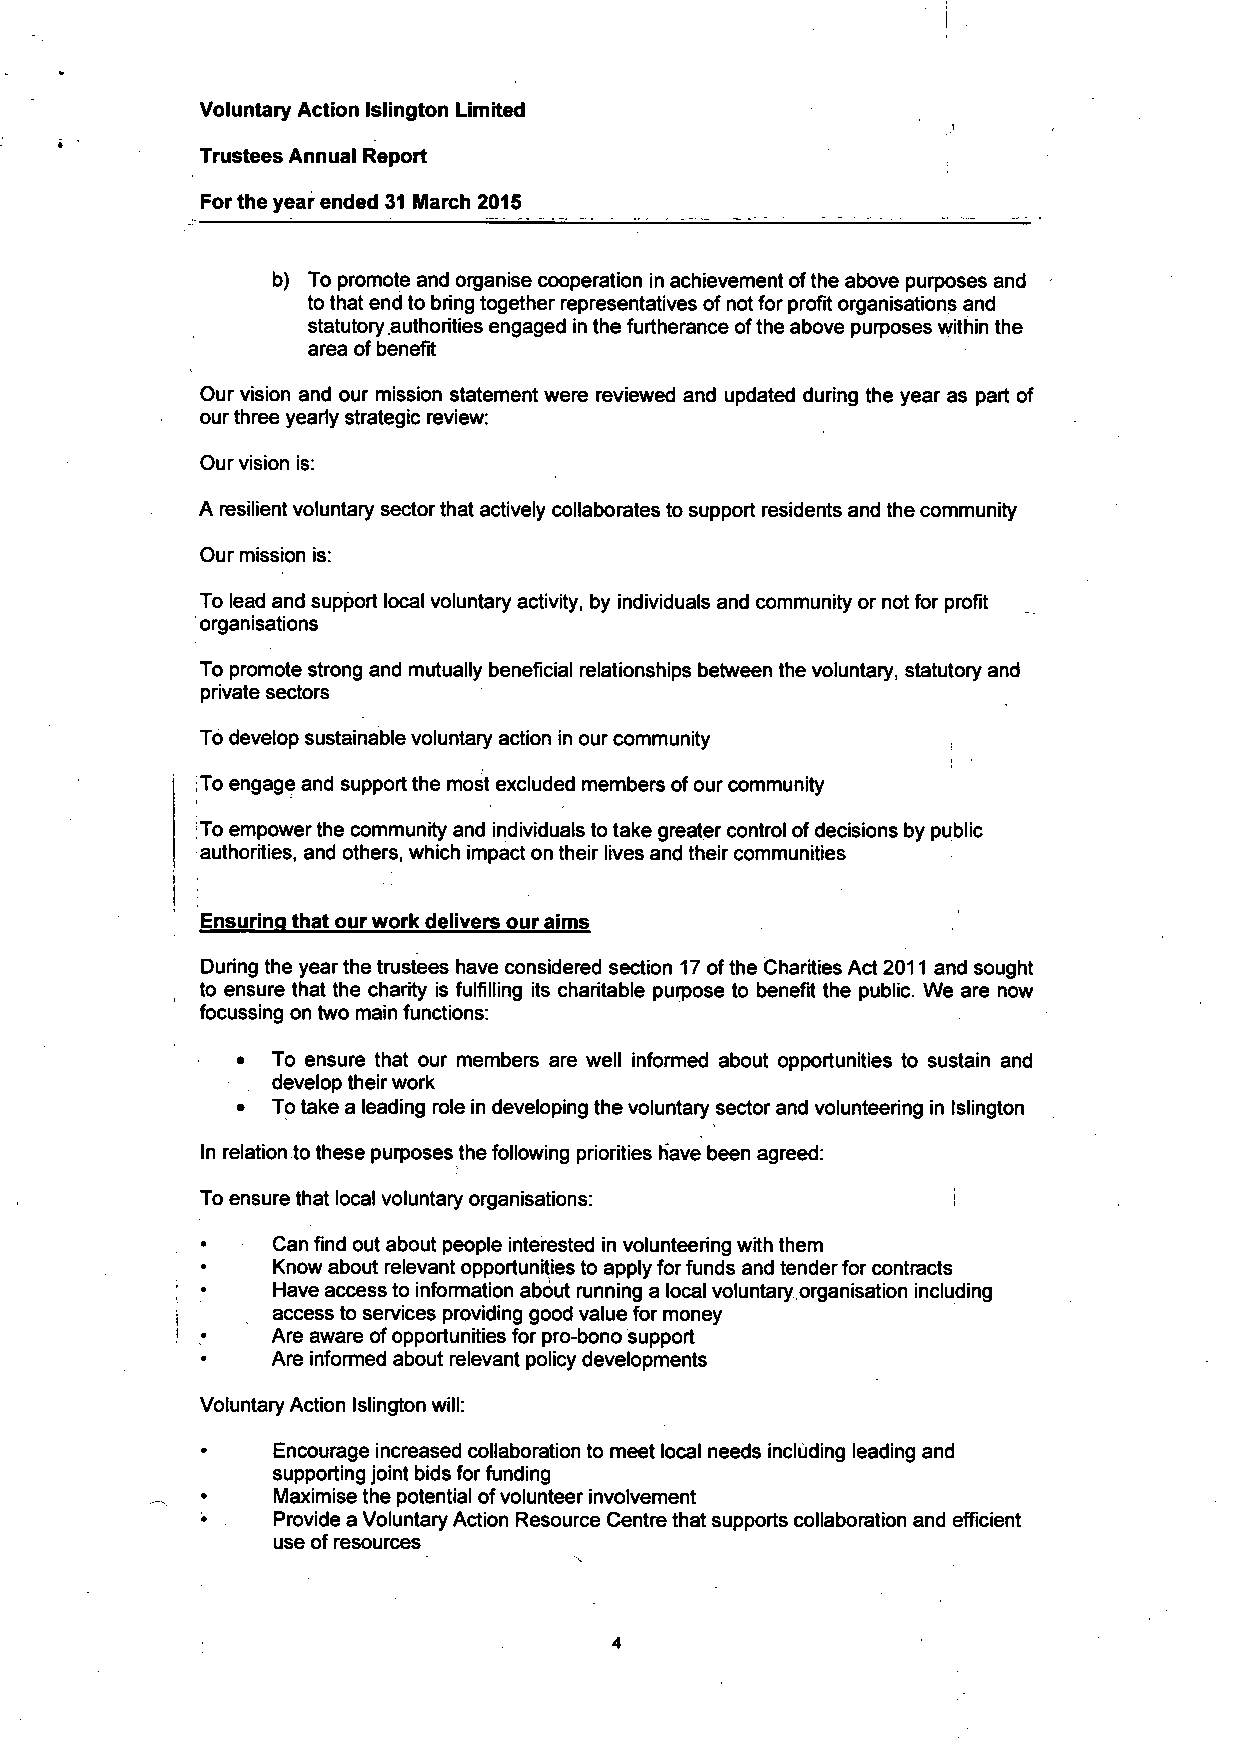
i
 Voluntary Action Islington Limited
 Trustees Annual Report
 For the year ended 31 March 2015
 b) To promote and organise cooperation in achievement of the above purposes and
 to that end to bring together representatives of not for profit organisations and
 statutory .authorities engaged in the furtherance of the above purposes within the
 area of benefit
 Our vision and our mission statement were reviewed and updated during the year as part of
 our three yearly strategic review:
 Our vision is:
 A resilient voluntary sector that actively collaborates to support residents and the community
 Our mission is:
 To lead and support local voluntary activity, by individuals and community or not for profit
 organisations
 To promote strong and mutually beneficial relationships between the voluntary, statutory and
 private sectors
 To develop sustainable voluntary action in our community
 To engage and support the most excluded members of our community
 To empower the community and individuals to take greater control of decisions by public
 authorities, and others, which impact on their lives and their communities
 Ensuring that our work delivers our aims
 During the year the trustees have considered section 17 of the Charities Act 2011 and sought
 to ensure that the charity is fulfilling its charitable purpose to benefit the public. We are now
 focussing on two main functions:
 • To ensure that our members are well informed about opportunities to sustain and
 develop their work
 • To take a leading role in developing the voluntary sector and volunteering in Islington
 In relation to these purposes the following priorities have been agreed:
 To ensure that local voluntary organisations:     i
 Can find out about people interested in volunteering with them
 Know about relevant opportunities to apply for funds and tender for contracts
 Have access to information about running a local voluntary organisation including
 access to services providing good value for money
 Are aware of opportunities for pro-bono support
 Are informed about relevant policy developments
 Voluntary Action Islington will:
 Encourage increased collaboration to meet local needs including leading and
 supporting joint bids for funding
 Maximise the potential of volunteer involvement
 Provide a Voluntary Action Resource Centre that supports collaboration and efficient
 use of resources
 4